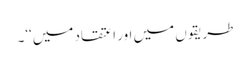
طریقوں میں اور اعتقاد میں‘‘۔